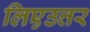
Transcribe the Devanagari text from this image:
लिएउत्तर